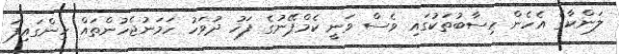
ލަންކާގެ އެހެން ހިސާބުތަކުގައި ވެސް ވަނީ ކެމްޕޭނުގެ ފަހު ދުވަހު ހަމަނުޖެހުންތައް ހިންގައިފަ